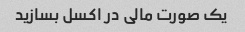
یک صورت مالی در اکسل بسازید